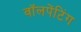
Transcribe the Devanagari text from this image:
वॉलपेंटिंग